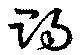
賜